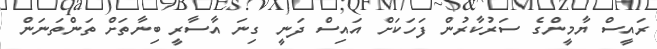
ރައީސް ޔާމީންގެ ސަރުކާރުން ފަހަކަށް އައިސް ދަނީ ގިނަ އާސާރީ ބިނާތަށް ތަންތަނަން